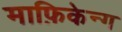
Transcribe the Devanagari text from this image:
माफ़िकेन्ग